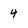
Character: 4